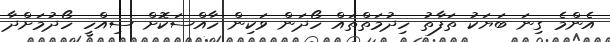
އެންމެ ގިނަ ބަޔަކު ތަފާތު ހިދުމަތްތައް ހޯދަން ވަކިން ހާއްސަކޮށް ސިއްހީ ހޯދުމަށްދާ